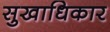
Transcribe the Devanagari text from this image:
सुखाधिकार